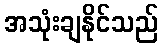
အသုံးချနိုင်သည်